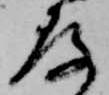
存